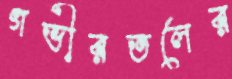
গভীরতলের